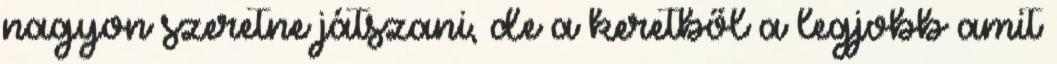
nagyon szeretne játszani, de a keretből a legjobb amit